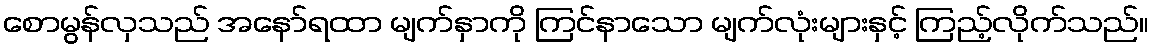
စောမွန်လှသည် အနော်ရထာ မျက်နှာကို ကြင်နာသော မျက်လုံးများနှင့် ကြည့်လိုက်သည်။